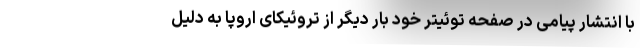
با انتشار پیامی در صفحه توئیتر خود بار دیگر از تروئیکای اروپا به دلیل